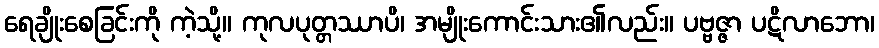
ရေချိုးစေခြင်းကို ကဲ့သို့။ ကုလပုတ္တဿာပိ၊ အမျိုးကောင်းသား၏လည်း။ ပဗ္ဗဇ္ဇာ ပဋိလာဘော၊